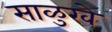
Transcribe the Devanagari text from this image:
साळुखे